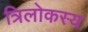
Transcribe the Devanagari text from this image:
त्रिलोकस्य